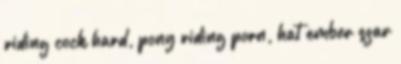
riding cock hard, pony riding porn, hat ember szar